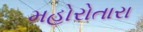
મહોરોતારા